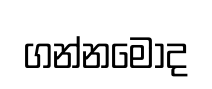
ගන්නමෝද